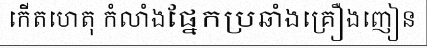
កើតហេតុ កំលាំងផ្នែកប្រឆាំងគ្រឿងញៀន